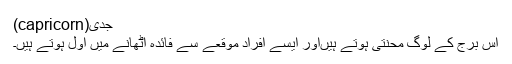
جدی(capricorn)
اس برج کے لوگ محنتی ہوتے ہیںاور ایسے افراد موقعے سے فائدہ اٹھانے میں اول ہوتے ہیں۔